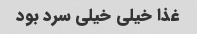
غذا خیلی خیلی سرد بود